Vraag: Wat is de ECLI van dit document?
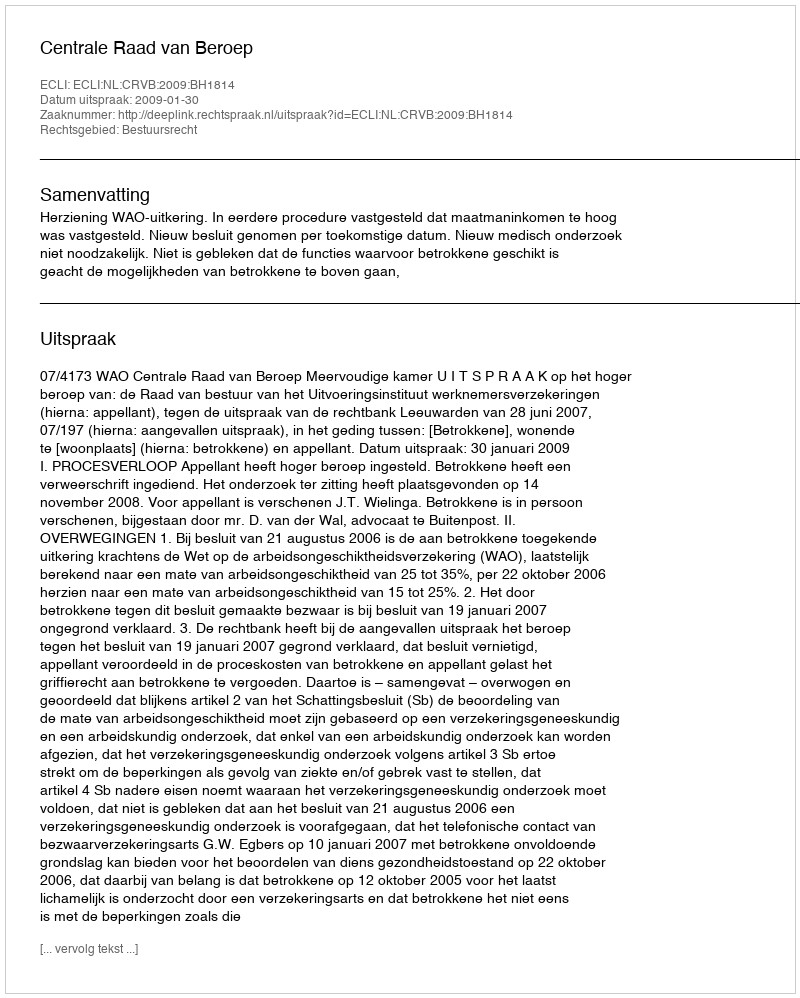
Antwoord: ECLI:NL:CRVB:2009:BH1814